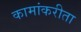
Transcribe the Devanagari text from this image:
कामांकरीता